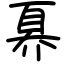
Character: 奡